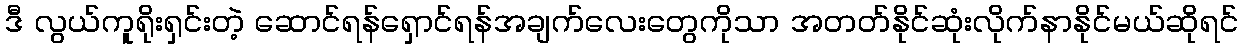
ဒီ လွယ်ကူရိုးရှင်းတဲ့ ဆောင်ရန်ရှောင်ရန်အချက်လေးတွေကိုသာ အတတ်နိုင်ဆုံးလိုက်နာနိုင်မယ်ဆိုရင်